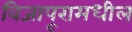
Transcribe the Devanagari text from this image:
विजापूरामधील